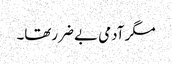
مگر آدمی بے ضررتھا۔